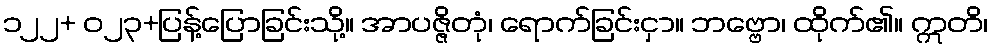
၁၂၂+ ဝ၂၃+ပြန့်ပြောခြင်းသို့။ အာပဇ္ဇိတုံ၊ ရောက်ခြင်းငှာ။ ဘဗ္ဗော၊ ထိုက်၏။ ဣတိ၊